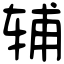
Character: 辅